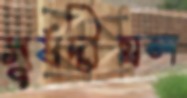
সূর্যদীঘল